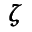
\pmb { \zeta }